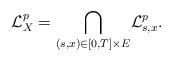
LaTeX: \begin{align*}\mathcal{L}^p_X =\underset{(s,x)\in[0,T]\times E}{\bigcap}{\mathcal L}^p_{s,x}.\end{align*}